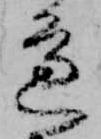
辺